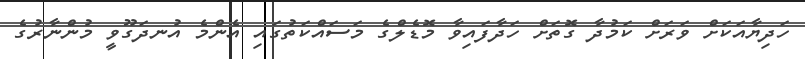
ހަދިޔާއަކަށް ވަރަށް ކަމުދާ ގޮތަށް ހަދާފައިވާ މޮޑެލްގެ މަސައްކަތުގައި އެންމެ އުނދަގޫވީ މުންނާރުގެ